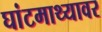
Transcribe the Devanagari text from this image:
घांटमाथ्यावर